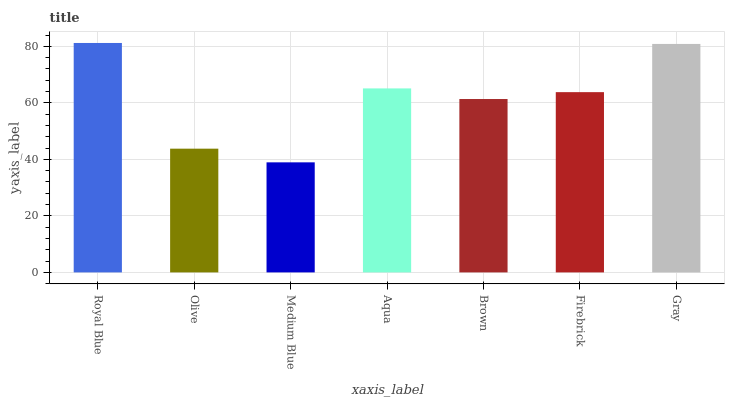
| xaxis_label | bars |
 | --- | --- |
 | Royal Blue | 81.2 |
 | Olive | 43.8 |
 | Medium Blue | 38.9 |
 | Aqua | 65.1 |
 | Brown | 61.4 |
 | Firebrick | 63.8 |
 | Gray | 80.8 |